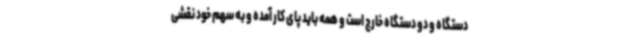
دستگاه و دو دستگاه خارج است و همه باید پای کار آمده و به سهم خود نقشی